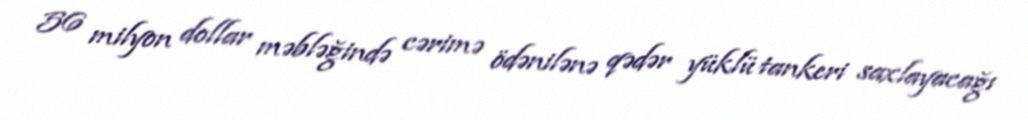
56 milyon dollar məbləğində cərimə ödənilənə qədər yüklü tankeri saxlayacağı